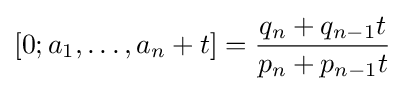
[0;a_{1},\dots ,a_{n}+t]={\frac {q_{n}+q_{n-1}t}{p_{n}+p_{n-1}t}}